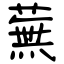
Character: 蕪